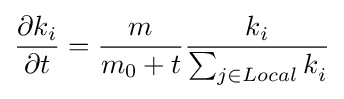
{\frac {\partial k_{i}}{\partial t}}={\frac {m_{}}{m_{0}+t}}{\frac {k_{i}}{\sum _{j\in Local}k_{i}^{}}}